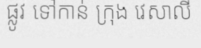
ផ្លូវ ទៅកាន់ ក្រុង វេសាលី